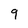
Character: 9